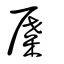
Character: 屟